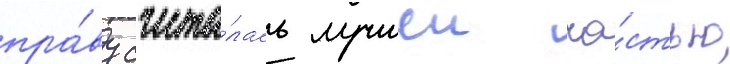
пра́ву счита́лась лучшеи ча́стью